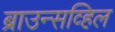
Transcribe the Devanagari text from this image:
ब्राउन्सव्हिल